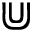
\Cup